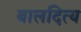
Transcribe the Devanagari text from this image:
बालदित्य